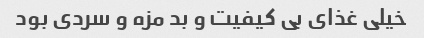
خیلى غذاى بى کیفیت و بد مزه و سردى بود